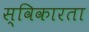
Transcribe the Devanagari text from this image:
स्विकारता